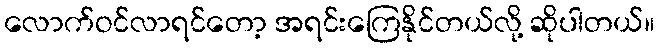
လောက်ဝင်လာရင်တော့ အရင်းကြေနိုင်တယ်လို့ ဆိုပါတယ်။